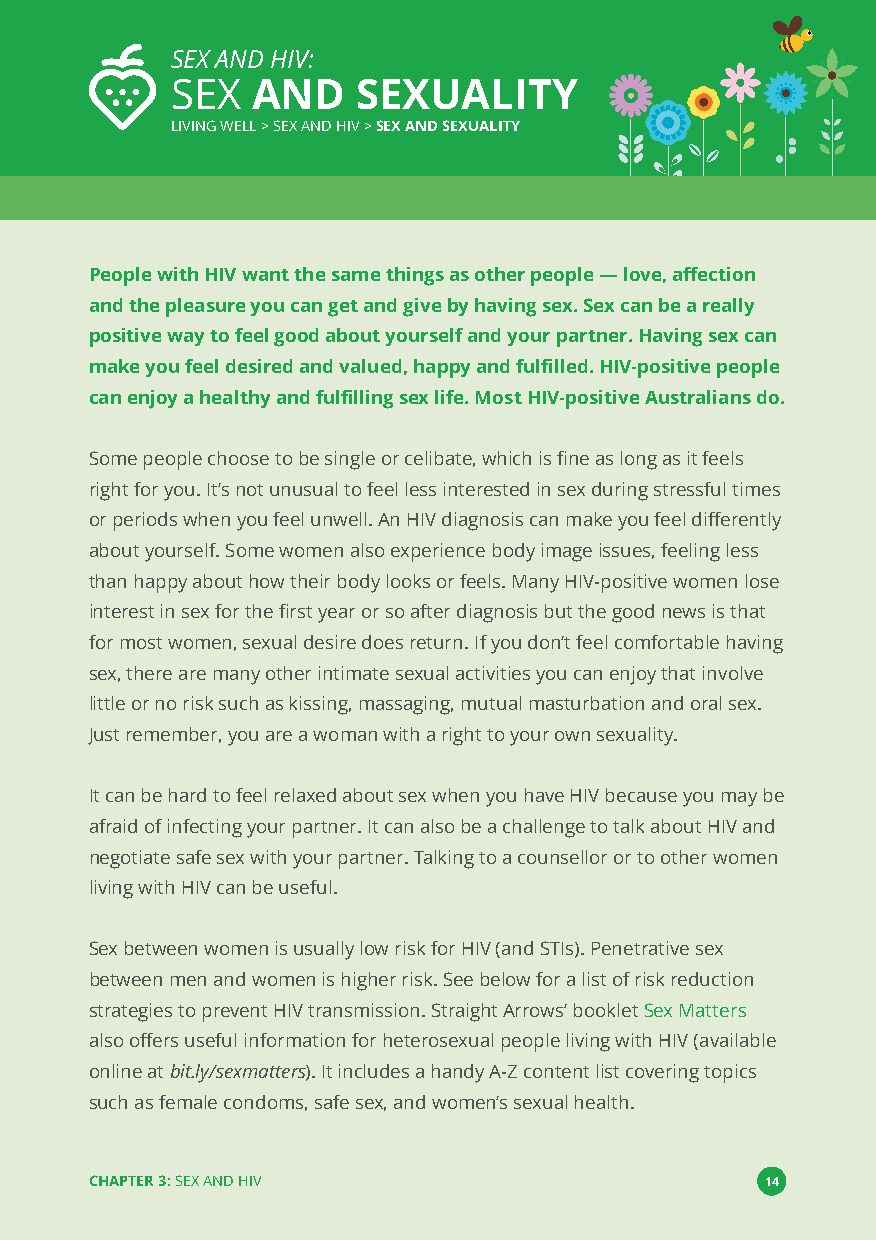
SEX AND HIV:
 SEX   AND    SEXUALITY
 LIVING WELL > SEX AND HIV >SEX AND SEXUALITY
 People with HIV want the same things as other people—love, affection
 and the pleasure you can get and give by having sex. Sex can be a really
 positive way to feel good about yourself and your partner. Having sex can
 make you feel desired and valued, happy and fulfilled. HIV-positive people
 can enjoy a healthy and fulfilling sex life. Most HIV-positive Australians do.
 Some people choose to be single or celibate, which is fine as long as it feels
 right for you. It’s not unusual to feel less interested in sex during stressful times
 or periods when you feel unwell. An HIV diagnosis can make you feel differently
 about yourself. Some women also experience body image issues, feeling less
 than happy about how their body looks or feels. Many HIV-positive women lose
 interest in sex for the first year or so after diagnosis but the good news is that
 for most women, sexual desire does return. If you don’t feel comfortable having
 sex, there are many other intimate sexual activities you can enjoy that involve
 little or no risk such as kissing, massaging, mutual masturbation and oral sex.
 Just remember, you are a woman with a right to your own sexuality.
 It can be hard to feel relaxed about sex when you have HIV because you may be
 afraid of infecting your partner. It can also be a challenge to talk about HIV and
 negotiate safe sex with your partner. Talking to a counsellor or to other women
 living with HIV can be useful.
 Sex between women is usually low risk for HIV (and STIs). Penetrative sex
 between men and women is higher risk. See below for a list of risk reduction
 strategies to prevent HIV transmission. Straight Arrows’bookletSex Matters
 also offers useful information for heterosexual people living with HIV (available
 online atbit.ly/sexmatters). It includes a handy A-Z content list covering topics
 such as female condoms, safe sex, and women’s sexual health.
 CHAPTER 3:SEX AND HIV                        14